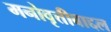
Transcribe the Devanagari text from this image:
मनोवृत्तीबाद्दल